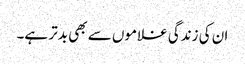
ان کی زندگی غلاموں سے بھی بدتر ہے۔